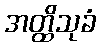
အတ္ထိသုခံ